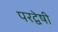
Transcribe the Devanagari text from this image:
परद्वेषी